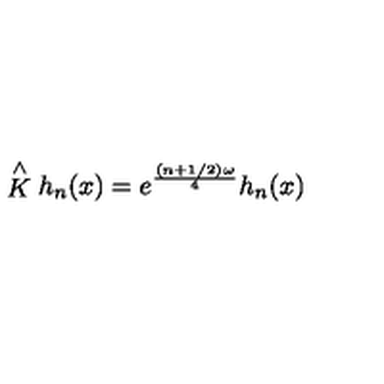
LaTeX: \stackrel { \wedge } { K } h _ { n } ( x ) = e ^ { \frac { ( n + 1 / 2 ) \omega } { 4 } } h _ { n } ( x )